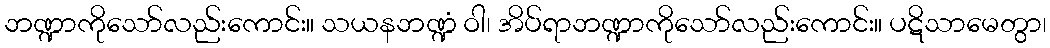
ဘဏ္ဍာကိုသော်လည်းကောင်း။ သယနဘဏ္ဍံ ဝါ၊ အိပ်ရာဘဏ္ဍာကိုသော်လည်းကောင်း။ ပဋိသာမေတွာ၊